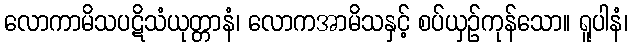
လောကာမိသပဋိသံယုတ္တာနံ၊ လောကအာမိသနှင့် စပ်ယှဉ်ကုန်သော။ ရူပါနံ၊